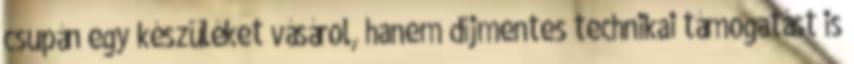
csupán egy készüléket vásárol, hanem díjmentes technikai támogatást is